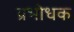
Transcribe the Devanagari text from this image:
प्रभोधक